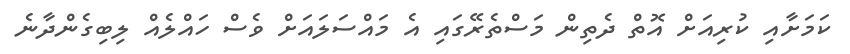
ކަމަށާއި ކުރިއަށް އޮތް ދެތިން މަސްތެރޭގައި އެ މައްސަލައަށް ވެސް ހައްލެއް ލިބިގެންދާނެ